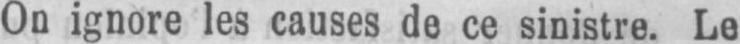
On ignore les causes de ce sinistre. Le